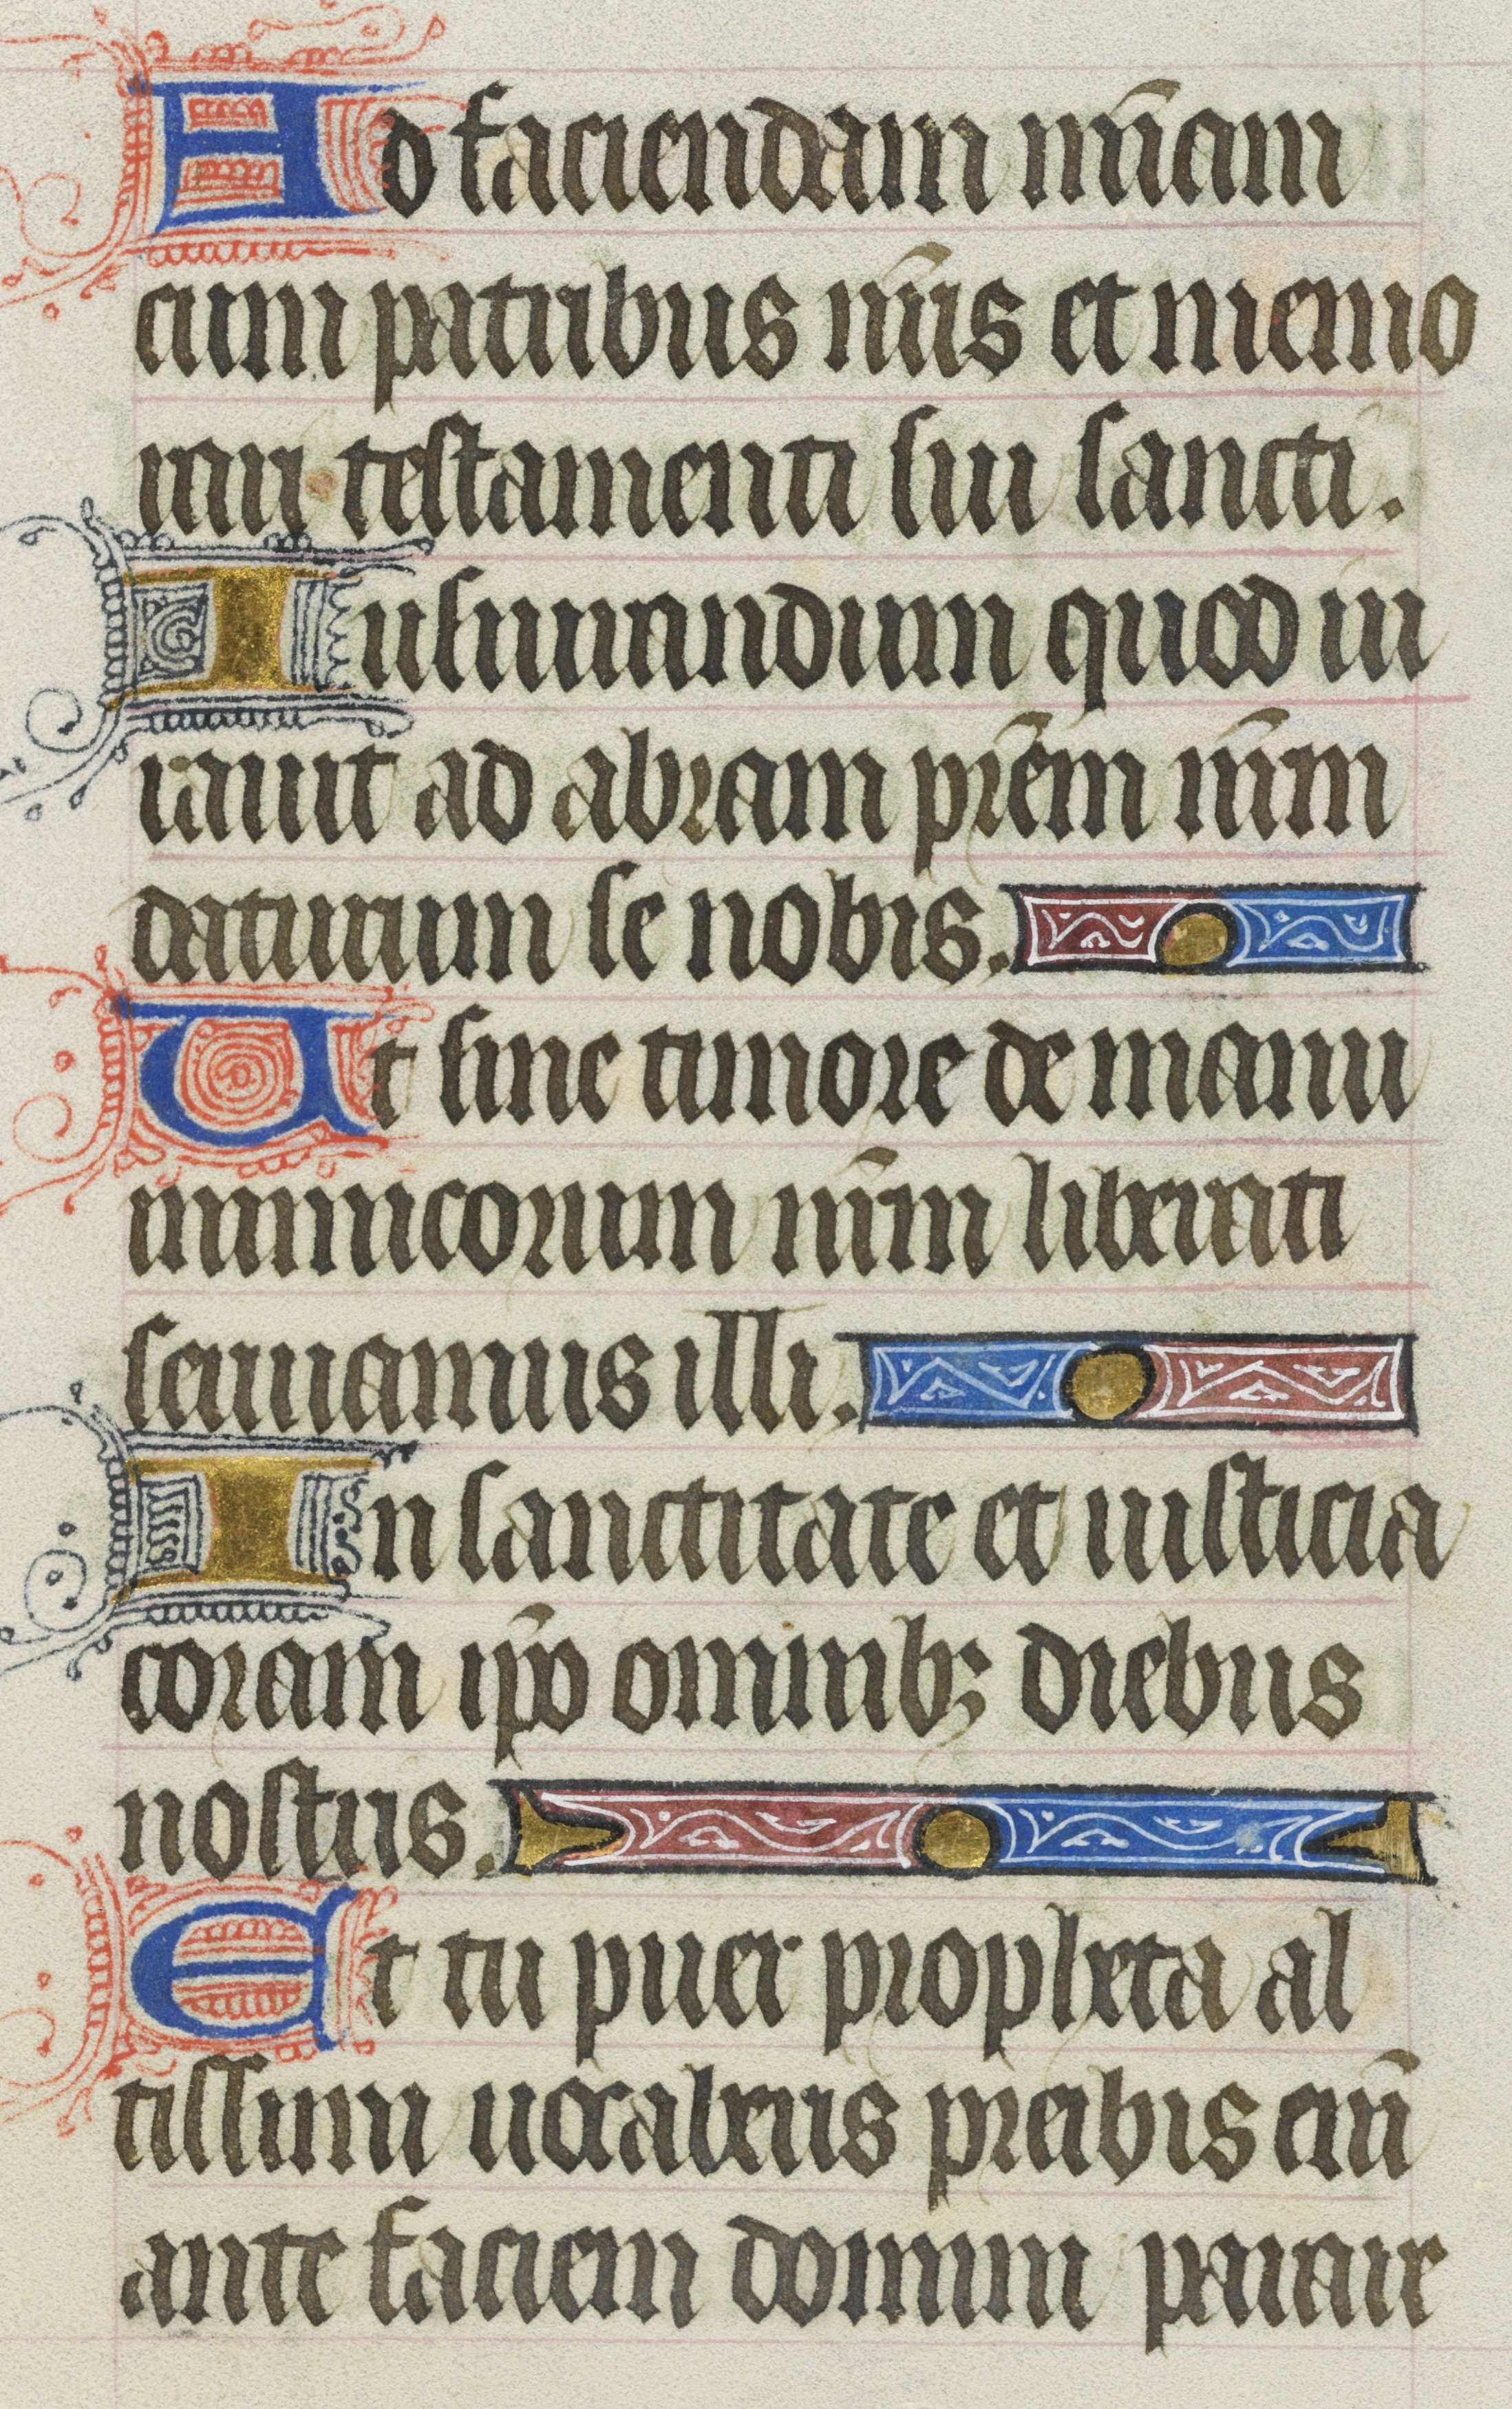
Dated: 1400–1430